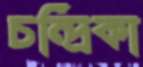
চন্দ্রিকা